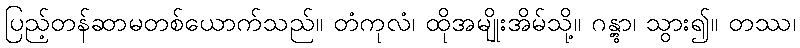
ပြည့်တန်ဆာမတစ်ယောက်သည်။ တံကုလံ၊ ထိုအမျိုးအိမ်သို့။ ဂန္တွာ၊ သွား၍။ တဿ၊